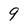
Character: 9